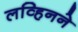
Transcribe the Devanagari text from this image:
लव्हिनने